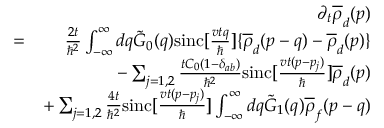
\begin{array} { r l r } & { } & { \partial _ { t } \overline { { \rho } } _ { d } ( p ) } \\ & { = } & { \frac { 2 t } { \hbar ^ { 2 } } \int _ { - \infty } ^ { \infty } d q \tilde { G } _ { 0 } ( q ) \mathrm { s i n c } [ \frac { v t q } { \hbar } ] \{ \overline { { \rho } } _ { d } ( p - q ) - \overline { { \rho } } _ { d } ( p ) \} } \\ & { } & { - \sum _ { j = 1 , 2 } \frac { t C _ { 0 } ( 1 - \delta _ { a b } ) } { \hbar ^ { 2 } } \mathrm { s i n c } [ \frac { v t ( p - p _ { j } ) } { \hbar } ] \overline { { \rho } } _ { d } ( p ) } \\ & { } & { + \sum _ { j = 1 , 2 } \frac { 4 t } { \hbar ^ { 2 } } \mathrm { s i n c } [ \frac { v t ( p - p _ { j } ) } { \hbar } ] \int _ { - \infty } ^ { \infty } d q \tilde { G } _ { 1 } ( q ) \overline { { \rho } } _ { f } ( p - q ) } \end{array}